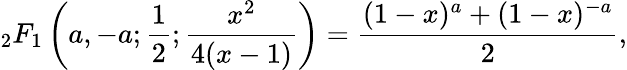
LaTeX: {}_{2}F_{1}\left(a,-a;{\frac{1}{2}};{\frac{x^{2}}{4(x-1)}}\right)={\frac{(1-x)^{a}+(1-x)^{-a}}{2}},